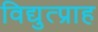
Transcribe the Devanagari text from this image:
विद्युत्प्राह